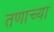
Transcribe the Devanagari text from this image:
तणाच्या